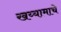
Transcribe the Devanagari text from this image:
खय्यामाचे